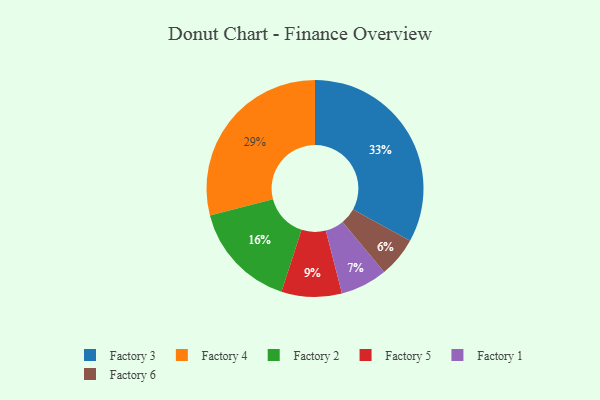
{"axis": {"x": "Category", "y": "Percentage"}, "legend": ["Factory 1", "Factory 2", "Factory 3", "Factory 4", "Factory 5", "Factory 6"], "data": [{"x": "Factory 2", "y": 16, "type": "Factory 2"}, {"x": "Factory 5", "y": 9, "type": "Factory 5"}, {"x": "Factory 1", "y": 7, "type": "Factory 1"}, {"x": "Factory 6", "y": 6, "type": "Factory 6"}, {"x": "Factory 3", "y": 33, "type": "Factory 3"}, {"x": "Factory 4", "y": 29, "type": "Factory 4"}]}